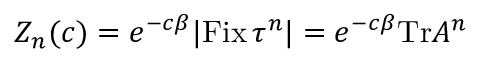
Z _ { n } ( c ) = e ^ { - c \beta } | { \mathrm { F i x } } \, \tau ^ { n } | = e ^ { - c \beta } { \mathrm { T r } } A ^ { n }